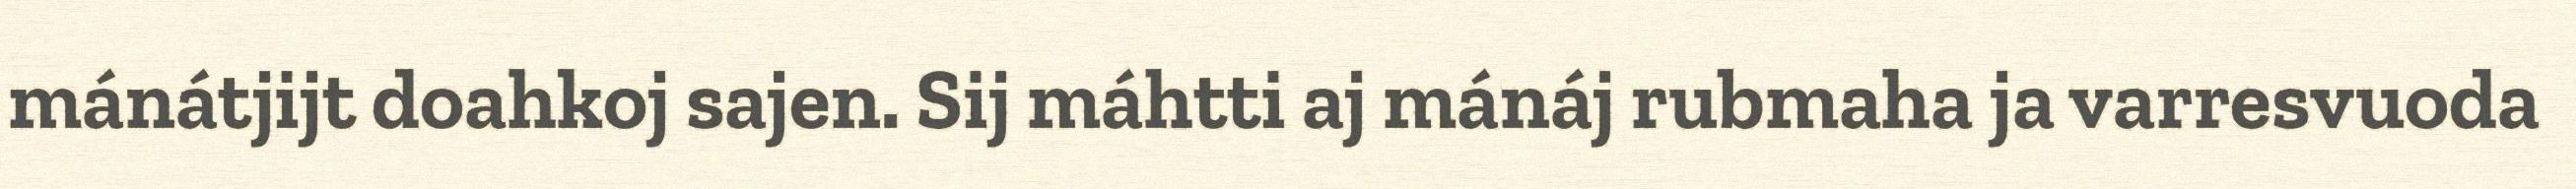
mánátjijt doahkoj sajen. Sij máhtti aj mánáj rubmaha ja varresvuoda